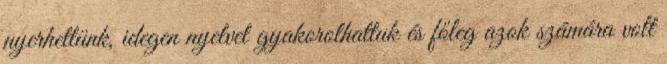
nyerhettünk, idegen nyelvet gyakorolhattuk és főleg azok számára volt